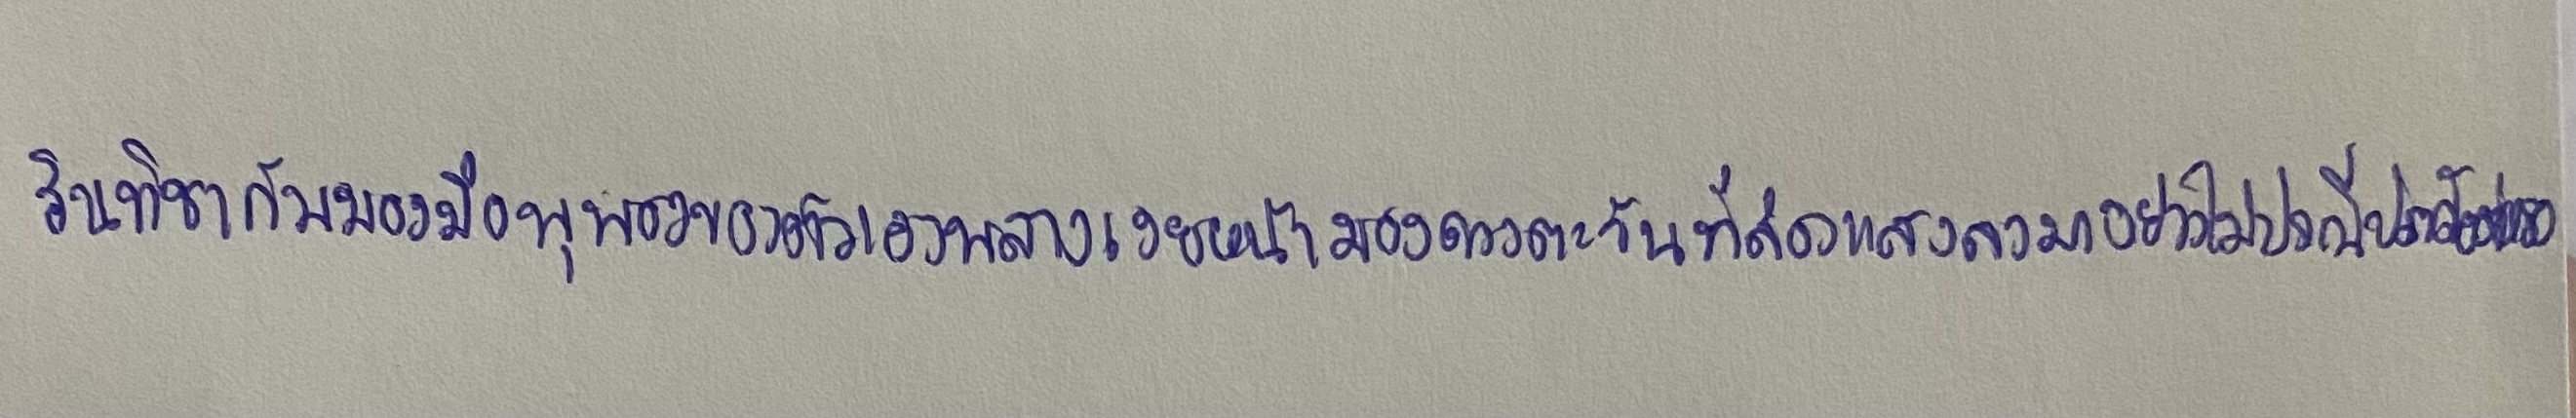
รินทิชาก้มมองมือพุพองของตัวเองพลางเงยหน้ามองดวงตะวันที่ส่องแสงลงมาอย่างไม่ปรานีปราศรัยต่อเธอเลย